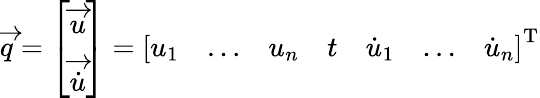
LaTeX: {\overrightarrow{q}}={\left[\begin{array}{l}{{\overrightarrow{u}}}\\ {{\overrightarrow{\dot{u}}}}\end{array}\right]}={\left[\begin{array}{lllllll}{u_{1}}&{\ldots}&{u_{n}}&{t}&{{\dot{u}}_{1}}&{\ldots}&{{\dot{u}}_{n}}\end{array}\right]}^{\mathrm{T}}